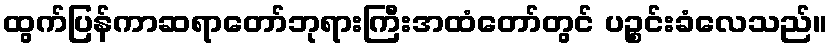
ထွက်ပြန်ကာဆရာတော်ဘုရားကြီးအထံတော်တွင် ပဉ္စင်းခံလေသည်။